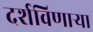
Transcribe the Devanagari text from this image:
दर्शविणाऱ्या